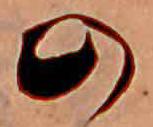
の